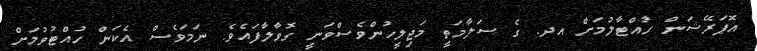
އޮޕަރޭޝަން ހުއްޓާލުމަށް އދ. ގެ ސަލާމަތީ މަޖިލީހުންވެސްވަނީ ގޮވާލާފައެވެ. ނަމަވެސް އެކަން ހުއްޓުވުމަށް